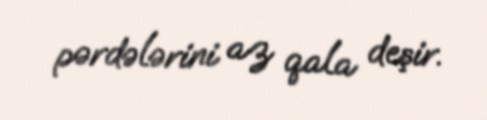
pərdələrini az qala deşir.